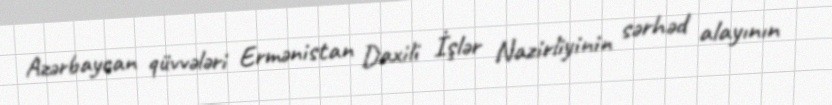
Azərbaycan qüvvələri Ermənistan Daxili İşlər Nazirliyinin sərhəd alayının